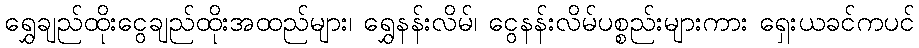
ရွှေချည်ထိုးငွေချည်ထိုးအထည်များ၊ ရွှေနန်းလိမ်၊ ငွေနန်းလိမ်ပစ္စည်းများကား ရှေးယခင်ကပင်